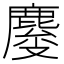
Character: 𱊿